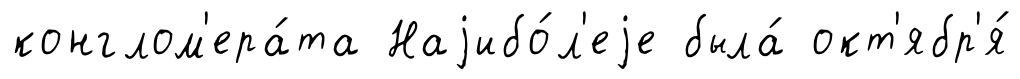
конглом'ера́та Наjибо́л'еjе была́ окт'ябр'я́